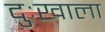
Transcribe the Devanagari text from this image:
दुःखाला